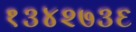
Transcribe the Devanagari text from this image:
१३४२७३६